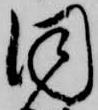
同